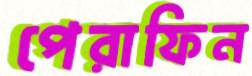
পেরাফিন